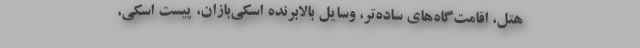
هتل، اقامت‌گاه‌های ساده‌تر، وسایل بالابرنده اسکی‌بازان، پیست اسکی،